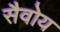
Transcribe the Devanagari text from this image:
सैवोय